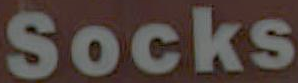
Socks